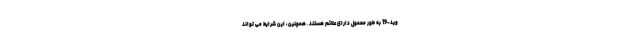
وید-19 به طور معمول دارای علائم هستند. همچنین، این شرایط می تواند